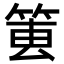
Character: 𥮔